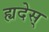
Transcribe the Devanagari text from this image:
ह्यदेस्